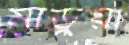
মাড়ুয়া